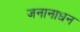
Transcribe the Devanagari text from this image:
जनानाधन